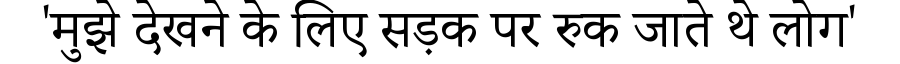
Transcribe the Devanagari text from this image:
'मुझे देखने के लिए सड़क पर रुक जाते थे लोग'